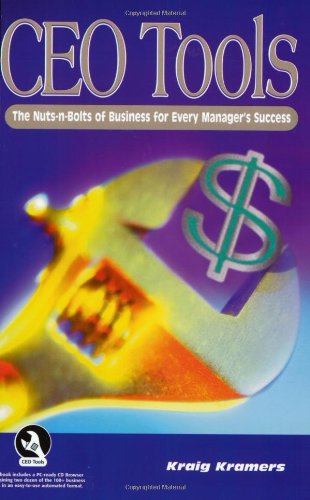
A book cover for CEO Tools: The Nuts-N-Bolts for Every Manager's Success (Book & CD); Kraig Kramers; Business & Money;